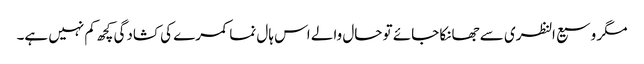
مگر وسیع النظری سے جھانکا جائے تو حال والے اس ہال نما کمرے کی کشادگی کچھ کم نہیں ہے۔